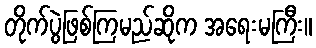
တိုက်ပွဲဖြစ်ကြမည်ဆိုက အရေးမကြီး။